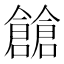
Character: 𠑐